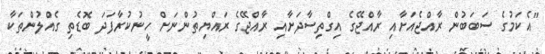
"އެކަމުގެ ސަބަބުން ރާއްޖެއަށާއި ރާއްޖޭގެ އިގްތިސާދަށާއި ރާއްޖޭގެ ރައްޔިތުންނަށް ހީނުކުރާފަދަ ބޮޑެތި ގެއްލުންތަކާ